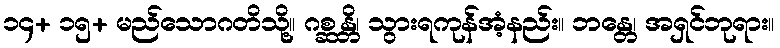
၁၄+ ၁၅+ မည်သောဂတိသို့။ ဂစ္ဆန္တိ၊ သွားရကုန်အံ့နည်း။ ဘန္တေ၊ အရှင်ဘုရား။